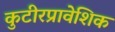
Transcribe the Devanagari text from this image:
कुटीरप्रावेशिक